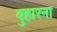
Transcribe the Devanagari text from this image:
बुहारना